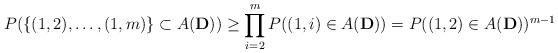
LaTeX: \begin{align*}P( \{ (1,2),\dots ,(1,m)\} \subset A(\mathbf{D}))\geq \prod_{i=2}^m P((1,i)\in A(\mathbf{D})) =P((1,2)\in A(\mathbf{D}))^{m-1} \end{align*}